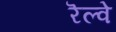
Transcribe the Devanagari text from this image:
रॆल्वे